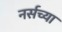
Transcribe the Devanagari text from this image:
नर्सच्या